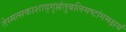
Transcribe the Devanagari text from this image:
तेस्मत्सकाशाद्गृह्णंतुबलिमष्टांगमक्षयं